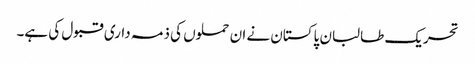
تحریک طالبان پاکستان نے ان حملوں کی ذمہ داری قبول کی ہے۔